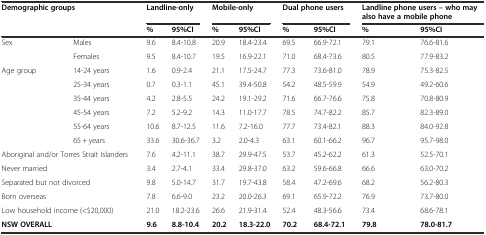
<table><thead><tr><td rowspan="2" colspan="2"><b>Demographic groups</b></td><td colspan="2"><b>Landline-only</b></td><td colspan="2"><b>Mobile-only</b></td><td colspan="2"><b>Dual phone users</b></td><td colspan="2"><b>Landline phone users – who may also have a mobile phone</b></td></tr><tr><td><b>%</b></td><td><b>95%CI</b></td><td><b>%</b></td><td><b>95%CI</b></td><td><b>%</b></td><td><b>95%CI</b></td><td><b>%</b></td><td><b>95%CI</b></td></tr></thead><tbody><tr><td rowspan="2">Sex</td><td>Males</td><td>9.6</td><td>8.4-10.8</td><td>20.9</td><td>18.4-23.4</td><td>69.5</td><td>66.9-72.1</td><td>79.1</td><td>76.6-81.6</td></tr><tr><td>Females</td><td>9.5</td><td>8.4-10.7</td><td>19.5</td><td>16.9-22.1</td><td>71.0</td><td>68.4-73.6</td><td>80.5</td><td>77.9-83.2</td></tr><tr><td rowspan="6">Age group</td><td>14-24 years</td><td>1.6</td><td>0.9-2.4</td><td>21.1</td><td>17.5-24.7</td><td>77.3</td><td>73.6-81.0</td><td>78.9</td><td>75.3-82.5</td></tr><tr><td>25-34 years</td><td>0.7</td><td>0.3-1.1</td><td>45.1</td><td>39.4-50.8</td><td>54.2</td><td>48.5-59.9</td><td>54.9</td><td>49.2-60.6</td></tr><tr><td>35-44 years</td><td>4.2</td><td>2.8-5.5</td><td>24.2</td><td>19.1-29.2</td><td>71.6</td><td>66.7-76.6</td><td>75.8</td><td>70.8-80.9</td></tr><tr><td>45-54 years</td><td>7.2</td><td>5.2-9.2</td><td>14.3</td><td>11.0-17.7</td><td>78.5</td><td>74.7-82.2</td><td>85.7</td><td>82.3-89.0</td></tr><tr><td>55-64 years</td><td>10.6</td><td>8.7-12.5</td><td>11.6</td><td>7.2-16.0</td><td>77.7</td><td>73.4-82.1</td><td>88.3</td><td>84.0-92.8</td></tr><tr><td>65 + years</td><td>33.6</td><td>30.6-36.7</td><td>3.2</td><td>2.0-4.3</td><td>63.1</td><td>60.1-66.2</td><td>96.7</td><td>95.7-98.0</td></tr><tr><td colspan="2">Aboriginal and/or Torres Strait Islanders</td><td>7.6</td><td>4.2-11.1</td><td>38.7</td><td>29.9-47.5</td><td>53.7</td><td>45.2-62.2</td><td>61.3</td><td>52.5-70.1</td></tr><tr><td colspan="2">Never married</td><td>3.4</td><td>2.7-4.1</td><td>33.4</td><td>29.8-37.0</td><td>63.2</td><td>59.6-66.8</td><td>66.6</td><td>63.0-70.2</td></tr><tr><td colspan="2">Separated but not divorced</td><td>9.8</td><td>5.0-14.7</td><td>31.7</td><td>19.7-43.8</td><td>58.4</td><td>47.2-69.6</td><td>68.2</td><td>56.2-80.3</td></tr><tr><td colspan="2">Born overseas</td><td>7.8</td><td>6.6-9.0</td><td>23.2</td><td>20.0-26.3</td><td>69.1</td><td>65.9-72.2</td><td>76.9</td><td>73.7-80.0</td></tr><tr><td colspan="2">Low household income (&lt;$20,000)</td><td>21.0</td><td>18.2-23.6</td><td>26.6</td><td>21.9-31.4</td><td>52.4</td><td>48.3-56.6</td><td>73.4</td><td>68.6-78.1</td></tr><tr><td colspan="2"><b>NSW OVERALL</b></td><td><b>9.6</b></td><td><b>8.8-10.4</b></td><td><b>20.2</b></td><td><b>18.3-22.0</b></td><td><b>70.2</b></td><td><b>68.4-72.1</b></td><td><b>79.8</b></td><td><b>78.0-81.7</b></td></tr></tbody></table>